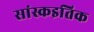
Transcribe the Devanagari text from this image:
सांस्कइतिक